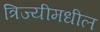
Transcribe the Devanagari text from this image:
त्रिज्यीमधील